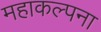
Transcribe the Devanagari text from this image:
महाकल्पना